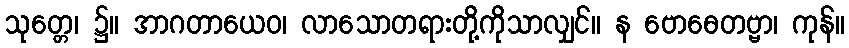
သုတ္တေ၊ ၌။ အာဂတာယေဝ၊ လာသောတရားတို့ကိုသာလျှင်။ န ဗောဓေတဗ္ဗာ၊ ကုန်။